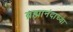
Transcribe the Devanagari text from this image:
ब्रह्मानंदाच्या